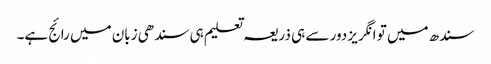
سندھ میں تو انگریز دور سے ہی ذریعہ تعلیم ہی سندھی زبان میں رائج ہے۔